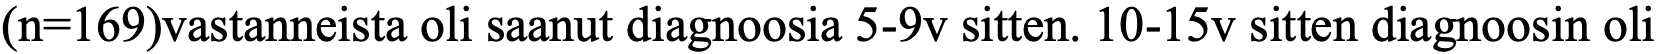
(n=169)vastanneista oli saanut diagnoosia 5-9v sitten. 10-15v sitten diagnoosin oli